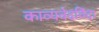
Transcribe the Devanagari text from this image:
काव्यवेदविंदा